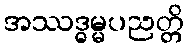
အဿဒ္ဓမ္မပညတ္တိ